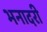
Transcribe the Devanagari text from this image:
भनादरी